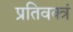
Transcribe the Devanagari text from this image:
प्रतिवक्त्रं